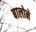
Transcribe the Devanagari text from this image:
बालोने